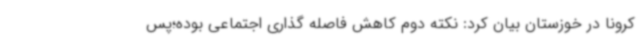
کرونا در خوزستان بیان کرد: نکته دوم کاهش فاصله گذاری اجتماعی بوده؛پس